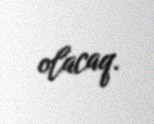
olacaq.